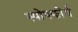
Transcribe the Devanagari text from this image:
स्पोफ्फोर्थ